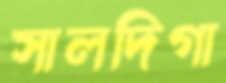
সালদিগা